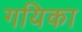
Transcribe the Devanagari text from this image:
गयिका